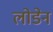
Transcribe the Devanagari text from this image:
लोडेन